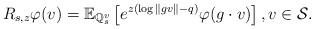
LaTeX: \begin{align*} R_{s, z}\varphi(v) = \mathbb{E}_{\mathbb{Q}_{s}^{v}} \left[ e^{ z( \log \|g v\| - q ) } \varphi(g \cdot v) \right], v \in \mathcal{S}. \end{align*}